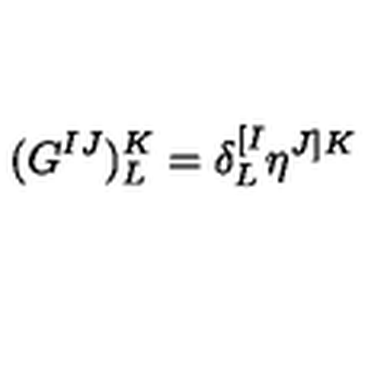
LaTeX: ( G ^ { I J } ) _ { L } ^ { K } = \delta _ { L } ^ { [ I } \eta ^ { J ] K }